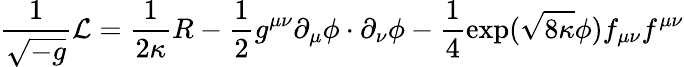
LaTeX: \frac{1}{\sqrt{-g}}{\cal L}=\frac{1}{2\kappa}R-\frac{1}{2}g^{\mu\nu}\partial_{\mu}\phi\cdot\partial_{\nu}\phi-\frac{1}{4}\exp(\sqrt{8\kappa}\phi)f_{\mu\nu}f^{\mu\nu}